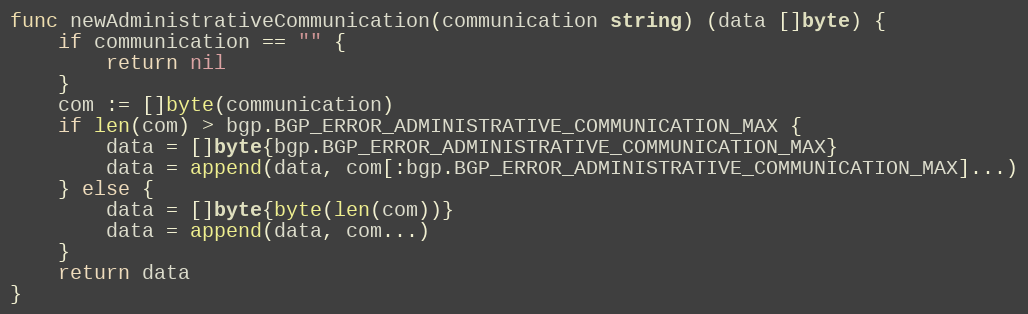
Language: Go
func newAdministrativeCommunication(communication string) (data []byte) {
	if communication == "" {
		return nil
	}
	com := []byte(communication)
	if len(com) > bgp.BGP_ERROR_ADMINISTRATIVE_COMMUNICATION_MAX {
		data = []byte{bgp.BGP_ERROR_ADMINISTRATIVE_COMMUNICATION_MAX}
		data = append(data, com[:bgp.BGP_ERROR_ADMINISTRATIVE_COMMUNICATION_MAX]...)
	} else {
		data = []byte{byte(len(com))}
		data = append(data, com...)
	}
	return data
}